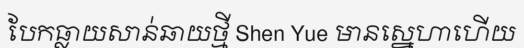
បែកធ្លាយសាន់ឆាយថ្មី Shen Yue មានស្នេហាហើយ